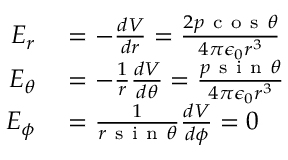
\begin{array} { r l } { E _ { r } } & { { } = - \frac { d V } { d r } = \frac { 2 p \mathrm { ~ c ~ o ~ s ~ } \theta } { 4 \pi \epsilon _ { 0 } r ^ { 3 } } } \\ { E _ { \theta } } & { { } = - \frac { 1 } { r } \frac { d V } { d \theta } = \frac { p \mathrm { ~ s ~ i ~ n ~ } \theta } { 4 \pi \epsilon _ { 0 } r ^ { 3 } } } \\ { E _ { \phi } } & { { } = \frac { 1 } { r \mathrm { ~ s ~ i ~ n ~ } \theta } \frac { d V } { d \phi } = 0 } \end{array}